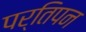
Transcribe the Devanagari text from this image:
पर्तिपन